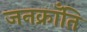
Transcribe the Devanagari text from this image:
जनक्राँति